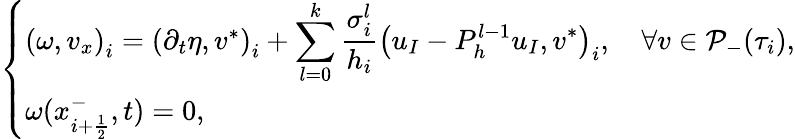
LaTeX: \left\{ \begin{array}{l}{\left(\omega,v_{x}\right)_{i}=\left(\partial_{t}\eta,v^{*}\right)_{i}+\displaystyle\sum_{l=0}^{k}\frac{\sigma_{i}^{l}}{h_{i}}\left(u_{I}-P_{h}^{l-1}u_{I},v^{*}\right)_{i},\quad\forall v\in\mathcal{P}_{-}(\tau_{i}),}\\ {\omega(x_{i+\frac{1}{2}}^{-},t)=0,}\end{array}\right.